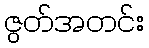
ဇွတ်အတင်း